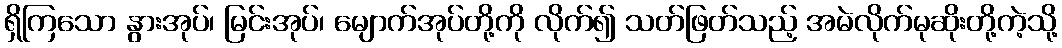
ရှိကြသော နွားအုပ်၊ မြင်းအုပ်၊ မျောက်အုပ်တို့ကို လိုက်၍ သတ်ဖြတ်သည့် အမဲလိုက်မုဆိုးတို့ကဲ့သို့